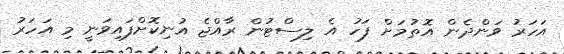
އަހަރު ވަންދެން އޮތުމަށް ފަހު އެ ލިސްޓުން ރާއްޖެ އުނިކޮށްފައިވަނީ މި އަހަރު